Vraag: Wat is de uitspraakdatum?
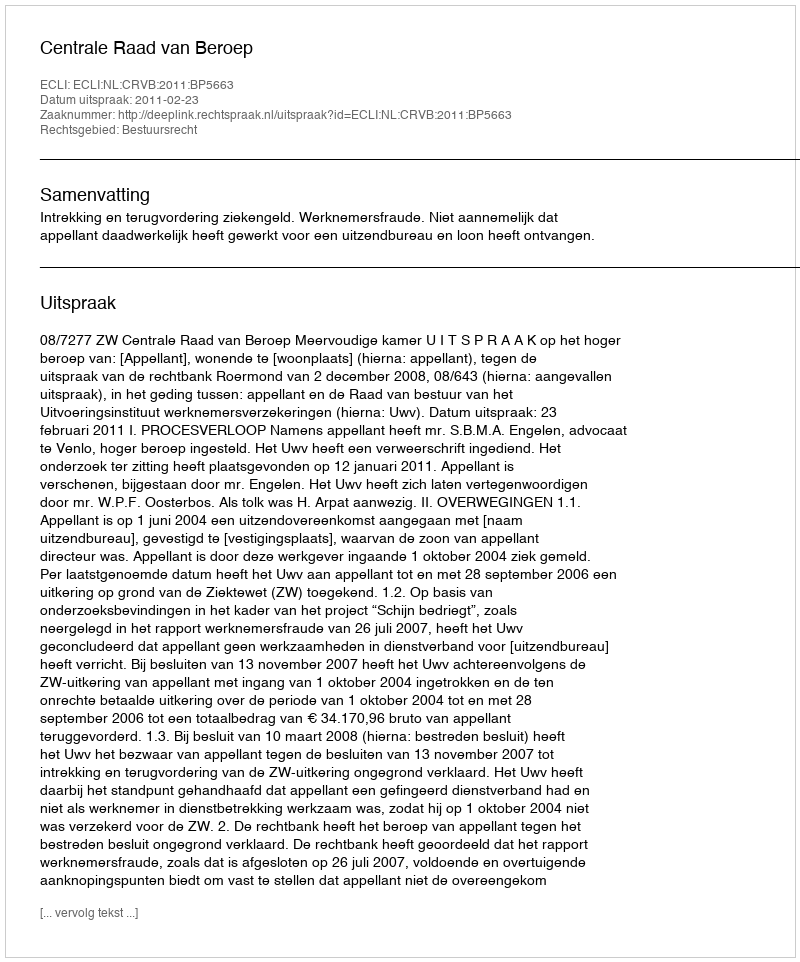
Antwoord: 2011-02-23